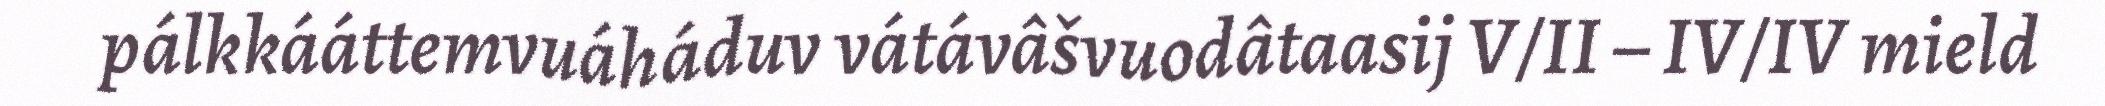
pálkkááttemvuáháduv vátávâšvuodâtaasij V/II – IV/IV mield